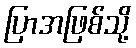
ပြာအဖြစ်သို့